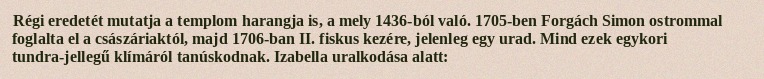
Régi eredetét mutatja a templom harangja is, a mely 1436-ból való. 1705-ben Forgách Simon ostrommal foglalta el a császáriaktól, majd 1706-ban II. fiskus kezére, jelenleg egy urad. Mind ezek egykori tundra-jellegű klímáról tanúskodnak. Izabella uralkodása alatt: